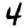
Digit: 4